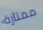
ممتازة